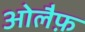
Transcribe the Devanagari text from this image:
ओलैफ़